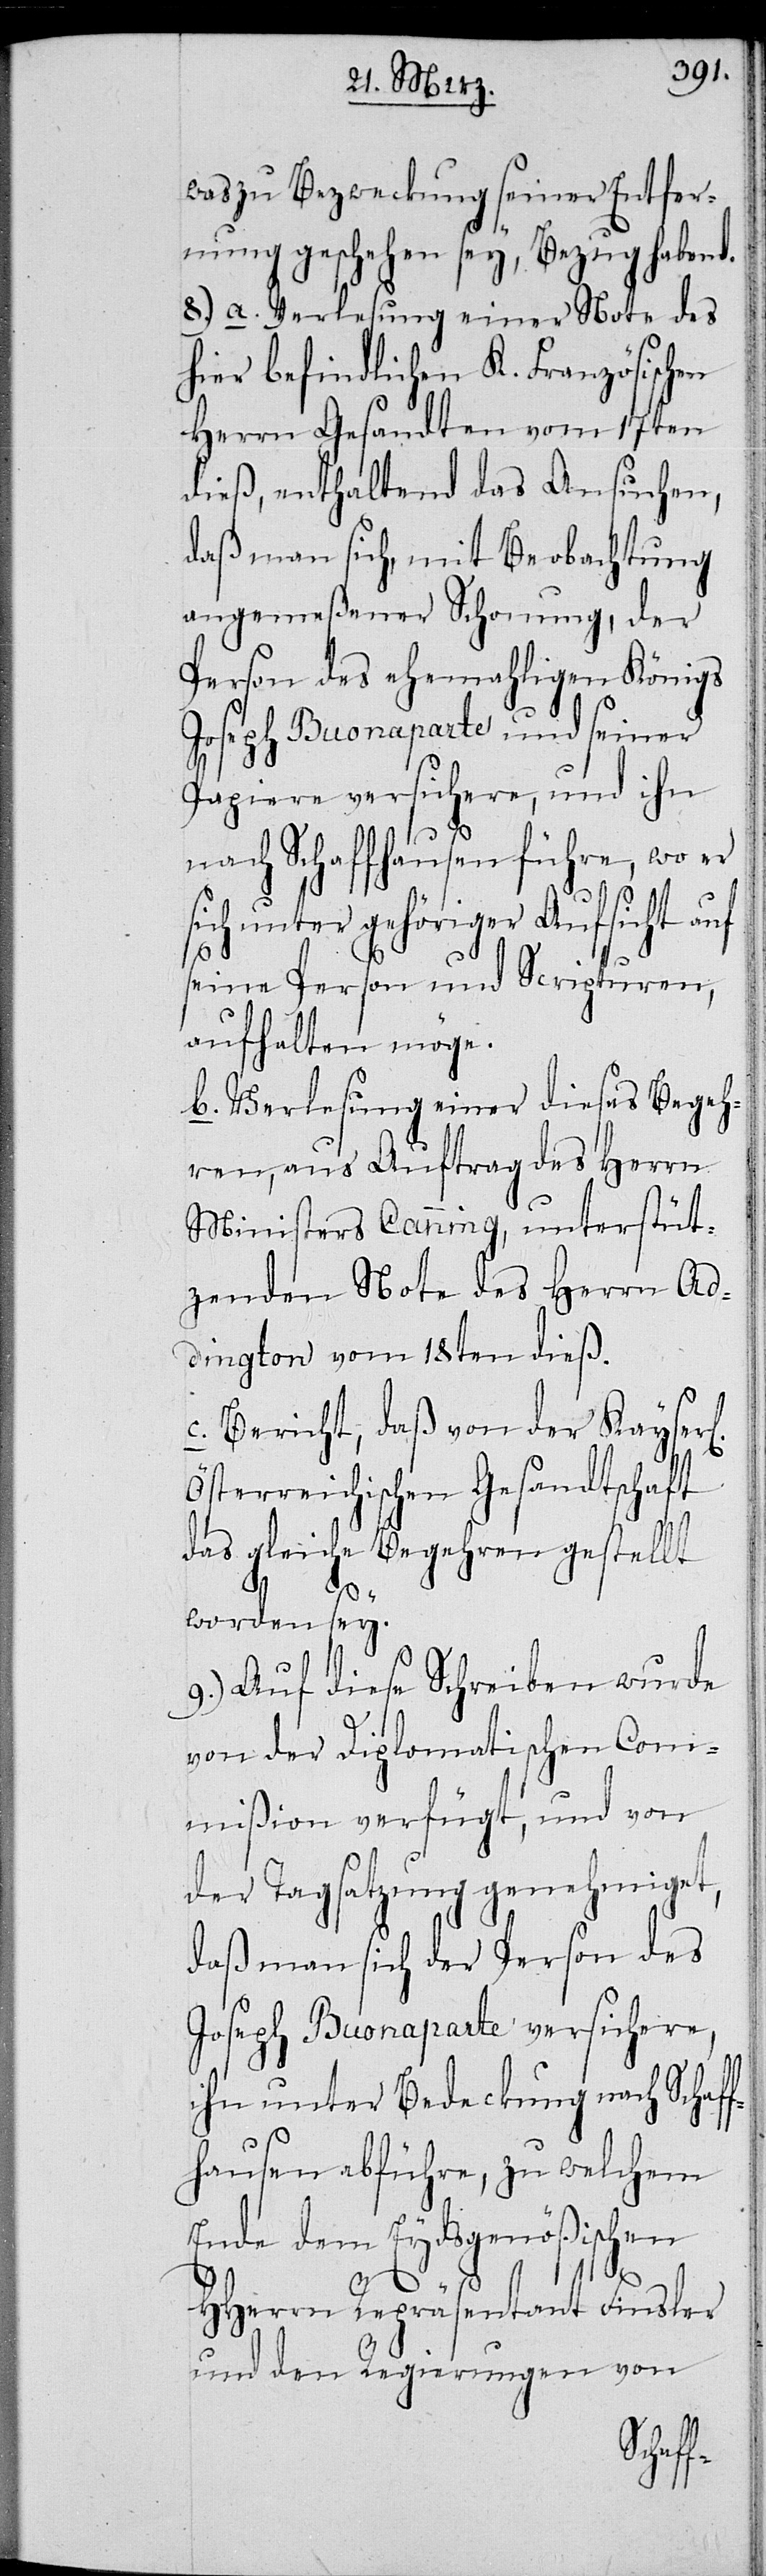
was zu Bezweckung seiner Entfer¬
nung geschehen sey, Bezug habend.
8.) a. Verlesung einer Note des
hier befindlichen K. Französischen
Herrn Gesandten vom 17ten
dieß, enthaltend das Ansuchen,
daß man sich, mit Beobachtung
angemeßener Schonung, der
Person des ehemaligen Königs
Joseph Buonaparte und seiner
Papiere versichere, und ihn
nach Schaffhausen führe, wo er
ich unter gehöriger Aufsicht auf
seine Person und Scripturen,
aufhalten möge.
b. Verlesung einer dieses Begeh¬
ren, aus Auftrag des Herrn
Ministers Canning, unterstüt¬
zenden Note des Herrn Ad¬
dington vom 18ten dieß.
c. Bericht, daß von der Kayser¬
Österreichischen Gesandtschaft
das gleiche Begehren gestellt
l[ich]
worden sey.
9.) Auf dieses Schreiben wurde
von der Diplomatischen Com¬
mißion verfügt, und von
der Tagsatzung genehmiget,
daß man sich der Person des
Joseph Buonaparte versichere,
ihn unter Bedeckung nach Schaf¬
fhausen abführe, zu welchem
Ende dem Eydsgenößischen
HHerrn Repräsentanten Finsler
und den Regierungen von